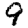
Digit: 9